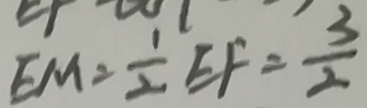
E M = \frac { 1 } { 2 } E F = \frac { 3 } { 2 }